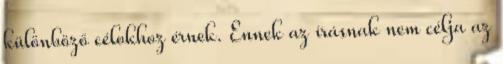
különböző célokhoz érnek. Ennek az írásnak nem célja az